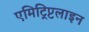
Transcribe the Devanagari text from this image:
एमिट्रिप्टलाइन